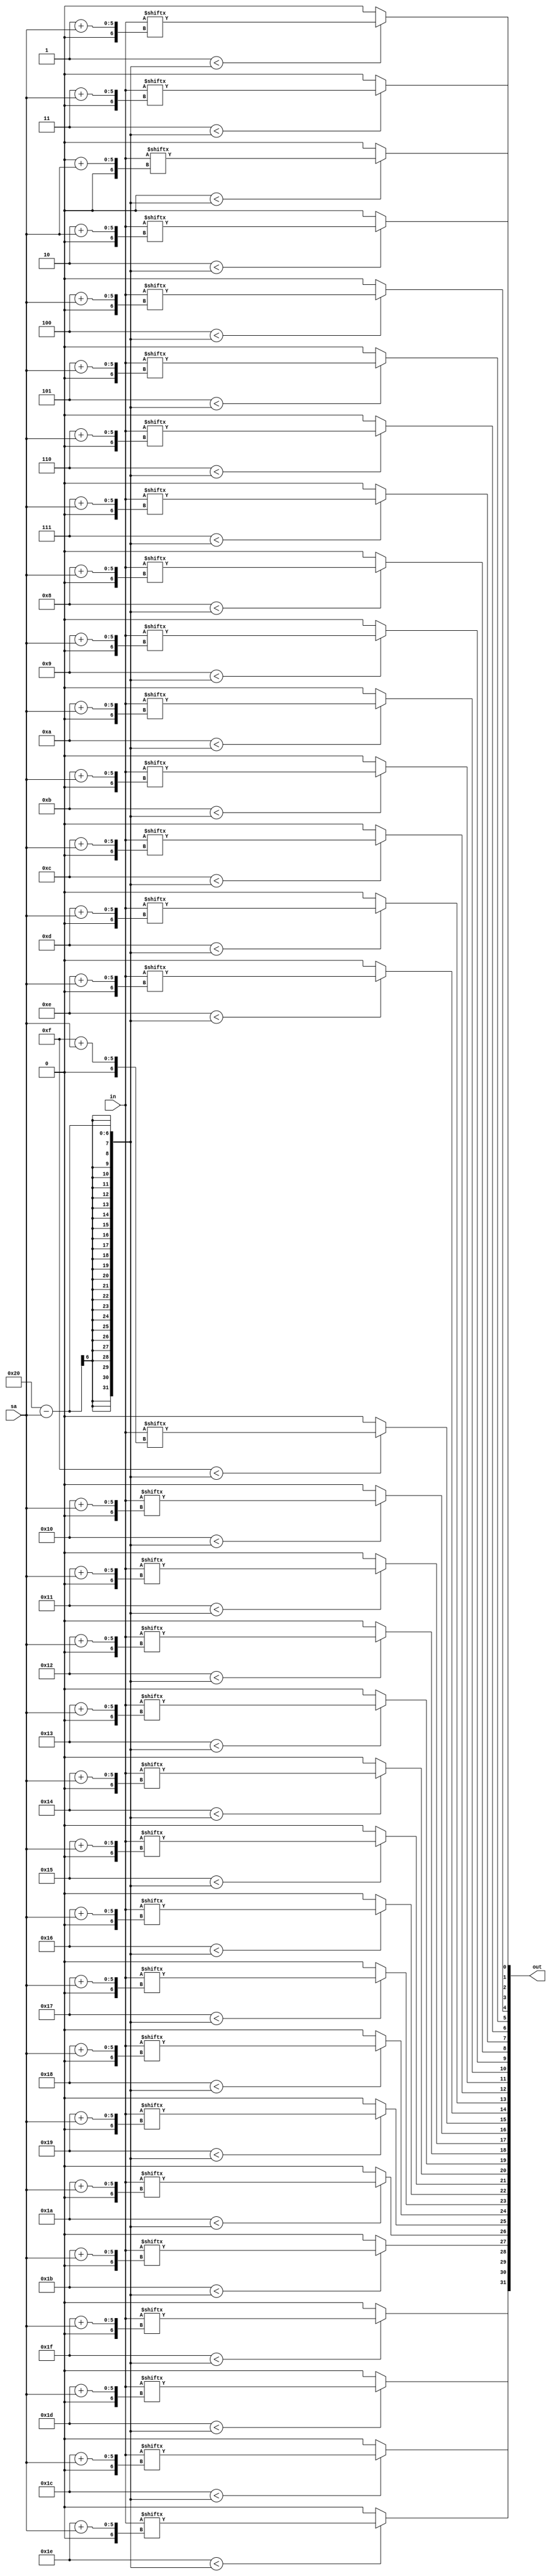
`timescale 1ns / 1ps
//////////////////////////////////////////////////////////////////////////////////
// Company: 
// Engineer: 
// 
// Design Name: 
// Module Name: srl
// Project Name: 
// Target Devices: 
// Tool Versions: 
// Description: 
// 
// Dependencies: 
// 
// Revision:
// Revision 0.01 - File Created
// Additional Comments:
// 
//////////////////////////////////////////////////////////////////////////////////


module srl (
    input  wire [31:0] in,
    input  wire [ 4:0] sa,
    output wire [31:0] out
);

genvar i;
generate for (i=0; i<32; i=i+1) begin : gen_for_srl
    assign out[i] = (i < (32-sa)) ? (in[i+sa]) : 0;
end endgenerate

// genvar i;
// generate for (i=0; i<32; i=i+1) begin : gen_for_srl
    // assign out[i] = (i < (32-sa)) ? (in[i+sa]) : (in[i+sa-32]);
// end endgenerate

endmodule